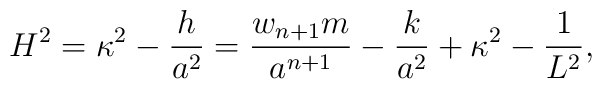
H^2=\kappa^2-{h\over a^2}={{w_{n+1}m}\over a^{n+1}}-{k\over a^2}+\kappa^2-{1\over L^2},